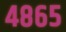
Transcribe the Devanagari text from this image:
४८६५